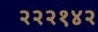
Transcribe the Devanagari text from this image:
२२२१४२